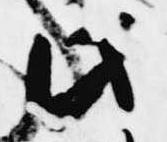
此